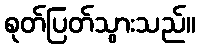
စုတ်ပြတ်သွားသည်။